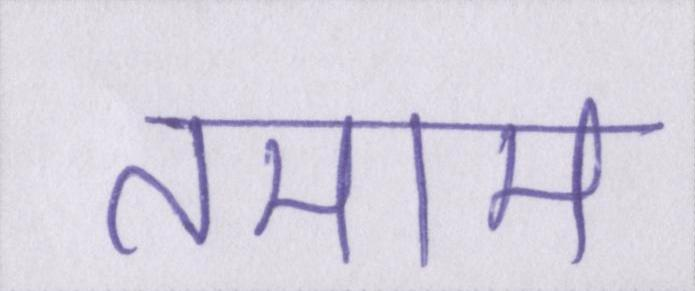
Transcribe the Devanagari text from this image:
तमाम